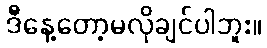
ဒီနေ့တော့မလိုချင်ပါဘူး။